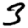
Digit: 3